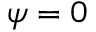
\psi = 0